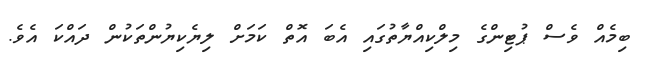
ބިމެއް ވެސް ޕުޓިންގެ މިލްކިއްޔާތުގައި އެބަ އޮތް ކަމަށް ލިޔެކިޔުންތަކުން ދައްކަ އެވެ.